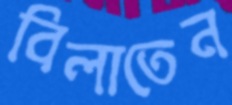
বিলাতেন